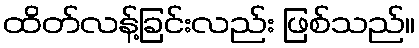
ထိတ်လန့်ခြင်းလည်း ဖြစ်သည်။